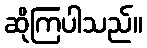
ဆိုကြပါသည်။